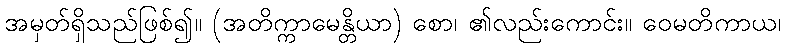
အမှတ်ရှိသည်ဖြစ်၍။ (အတိက္ကာမေန္တိယာ) စော၊ ၏လည်းကောင်း။ ဝေမတိကာယ၊